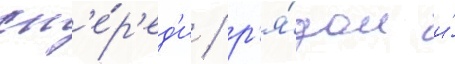
сп'е́р'ед'и / р'я́дом и́